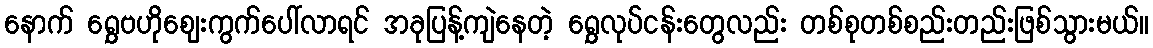
နောက် ရွှေဗဟိုဈေးကွက်ပေါ်လာရင် အခုပြန့်ကျဲနေတဲ့ ရွှေလုပ်ငန်းတွေလည်း တစ်စုတစ်စည်းတည်းဖြစ်သွားမယ်။